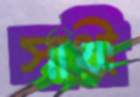
সাথী